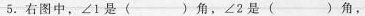
5.右图中，∠1是()角，∠2是()角，